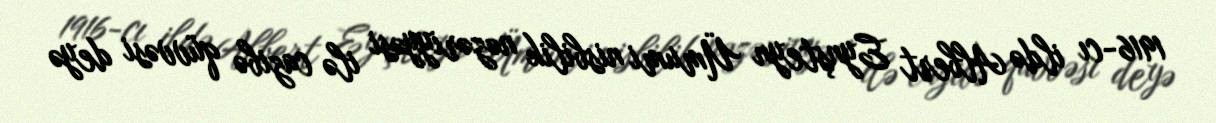
1916-cı ildə Albert Eynşteyn Ümumi nisbilik nəzəriyyəsi ilə cazibə qüvvəsi deyə